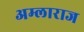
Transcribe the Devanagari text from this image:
अम्लाराज